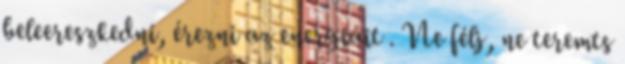
beleereszkedni, érezni az energiáit . Ne félj, ne teremts